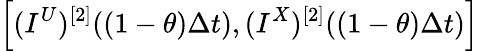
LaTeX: \left[(I^{U})^{[2]}((1-\theta)\Delta t),(I^{X})^{[2]}((1-\theta)\Delta t)\right]